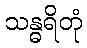
သန္ဓရိတုံ